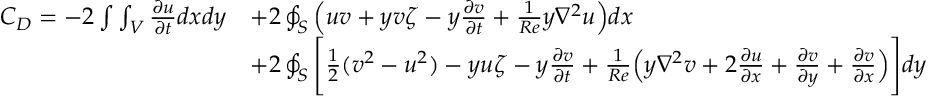
\begin{array} { r l } { C _ { D } = - 2 \int \int _ { V } \frac { \partial u } { \partial t } d x d y } & { + 2 \oint _ { S } \Big ( u v + y v \zeta - y \frac { \partial v } { \partial t } + \frac { 1 } { R e } y \nabla ^ { 2 } u \Big ) d x } \\ & { + 2 \oint _ { S } \Bigg [ \frac { 1 } { 2 } ( v ^ { 2 } - u ^ { 2 } ) - y u \zeta - y \frac { \partial v } { \partial t } + \frac { 1 } { R e } \Big ( y \nabla ^ { 2 } v + 2 \frac { \partial u } { \partial x } + \frac { \partial v } { \partial y } + \frac { \partial v } { \partial x } \Big ) \Bigg ] d y } \end{array}